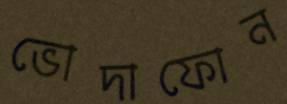
ভোদাফোন